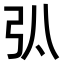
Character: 𢎬